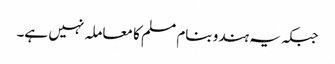
جبکہ یہ ہندو بنام مسلم کا معاملہ نہیں ہے۔